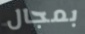
بمجال